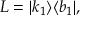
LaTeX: L = | k _ { 1 } \rangle \langle b _ { 1 } | ,